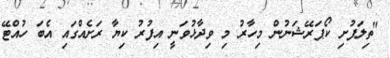
"ތިލަފުށި ކޯޕަރޭޝަނުން މިހާރު މި ވިދާޅުވަނީ އިފުރު ކިޔާ ރަށެއްގައި އެބަ ހުއްޓޭ